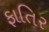
ફાતિર